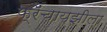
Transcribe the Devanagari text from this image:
फ्रॅंचायझीला